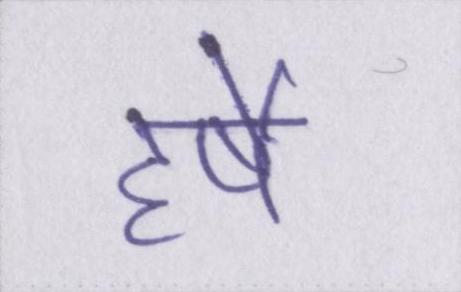
हर्षे